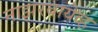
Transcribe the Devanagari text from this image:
नाझरबायेव्ह